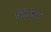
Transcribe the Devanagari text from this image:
९१८५०१